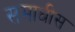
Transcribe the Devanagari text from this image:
समाधीस